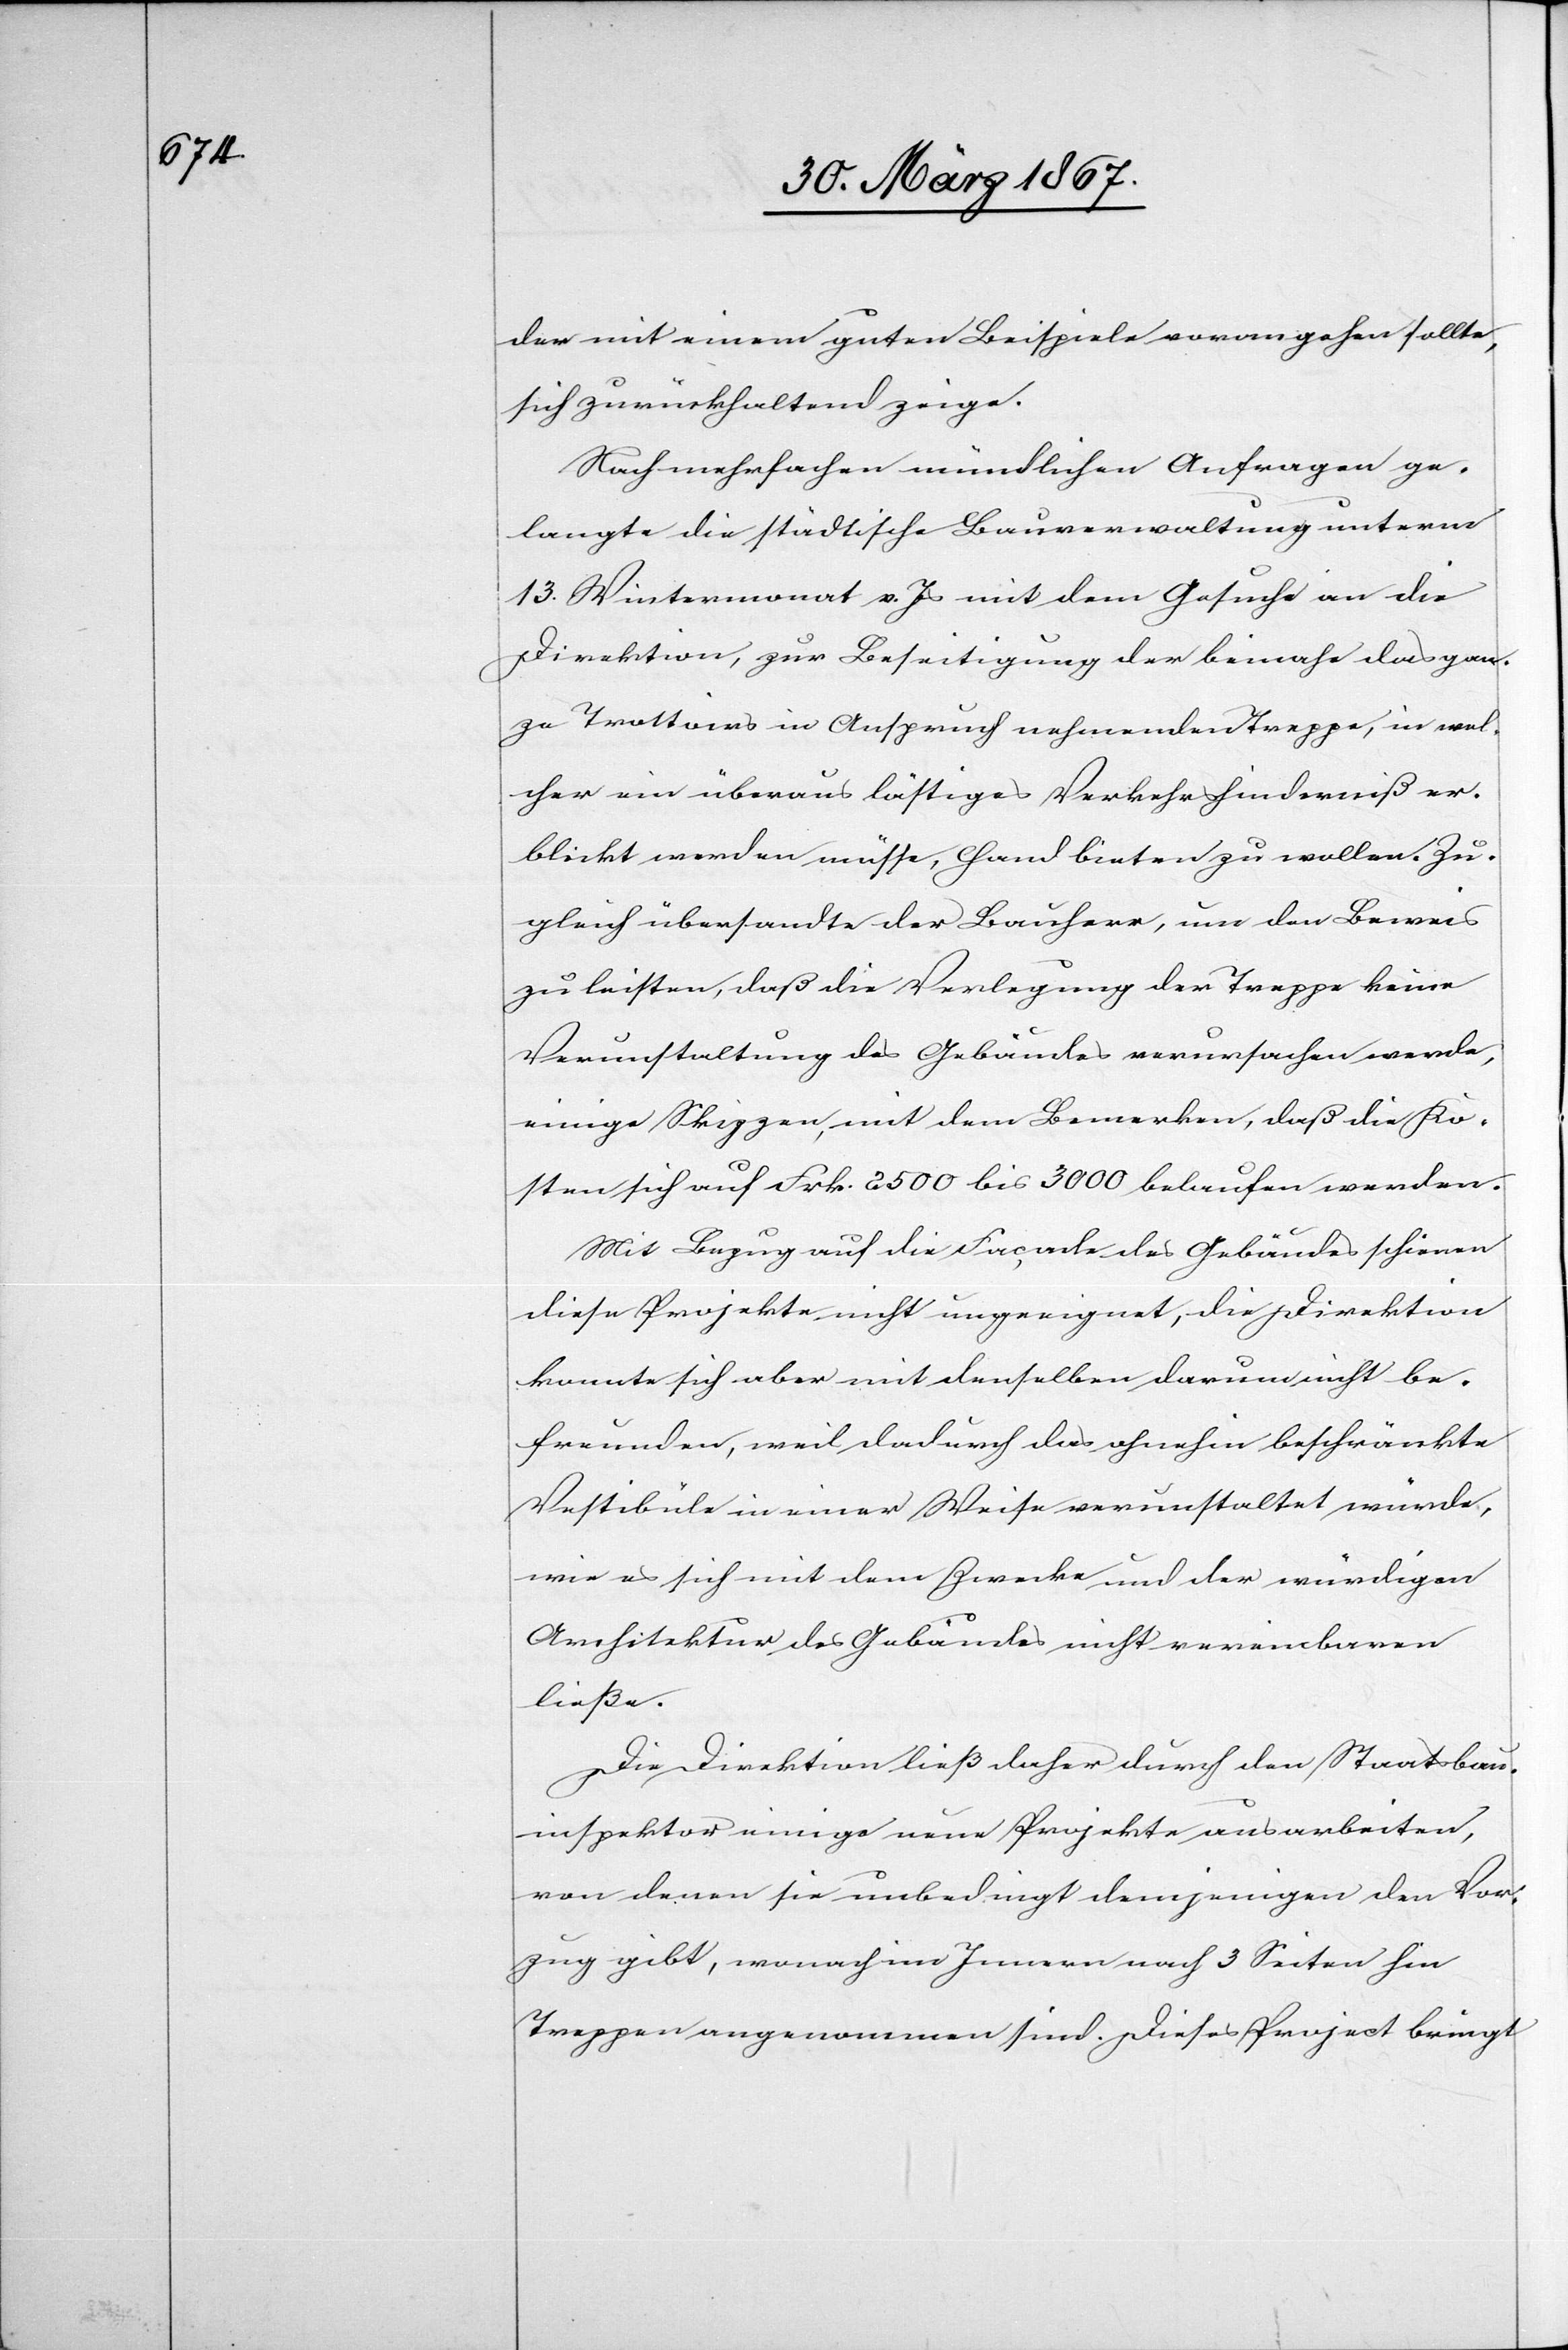
der mit einem guten Beispiele vorangehen sollte,
sich zurückhaltend zeige.
Nach mehrfachen mündlichen Anfragen ge¬
langte die städtische Bauverwaltung unterm
13. Wintermonat v. Js mit dem Gesuche an die
Direktion, zur Beseitigung der beinahe das gan¬
ze Trottoirs [sic!] in Anspruch nehmenden Treppe, in wel¬
cher ein überaus lästiges Verkehrshinderniß er¬
blickt werden müsse, Hand bieten zu wollen. Zu¬
gleich übersandte der Bauherr, um den Beweis
zu leisten, daß die Verlegung der Treppe keine
Verunstaltung des Gebäudes verursachen werde,
einige Skizzen, mit dem Bemerken, daß die Ko¬
sten sich auf Frk. 2500 bis 3000 belaufen werden.
Mit Bezug auf die Façade des Gebäudes schienen
diese Projekte nicht ungeeignet, die Direktion
konnte sich aber mit denselben darum nicht be¬
freunden, weil dadurch das ohnehin beschränkte
Vestibüle in einer Weise verunstaltet würde,
wie es sich mit dem Zwecke und der würdigen
Architektur des Gebäudes nicht vereinbaren
ließe.
Die Direktion ließ daher durch den Staatsbau¬
inspektor einige neue Projekte ausarbeiten,
von denen sie unbedingt demjenigen den Vor¬
zug gibt, wonach im Innern nach 3 Seiten hin
Treppen angenommen sind. Dieses Project bringt